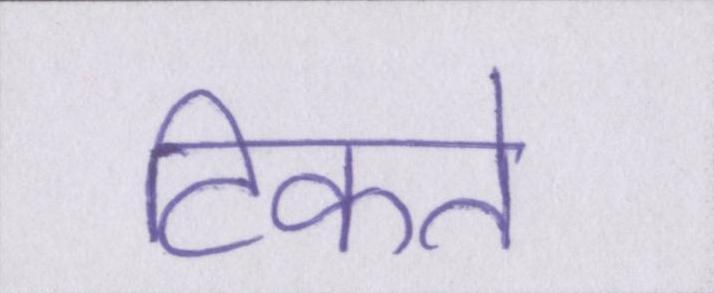
टिकते